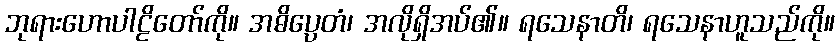
ဘုရားဟောပါဠိတော်ကို။ အဓိပ္ပေတံ၊ အလိုရှိအပ်၏။ ရသေနာတိ၊ ရသေနာဟူသည်ကို။